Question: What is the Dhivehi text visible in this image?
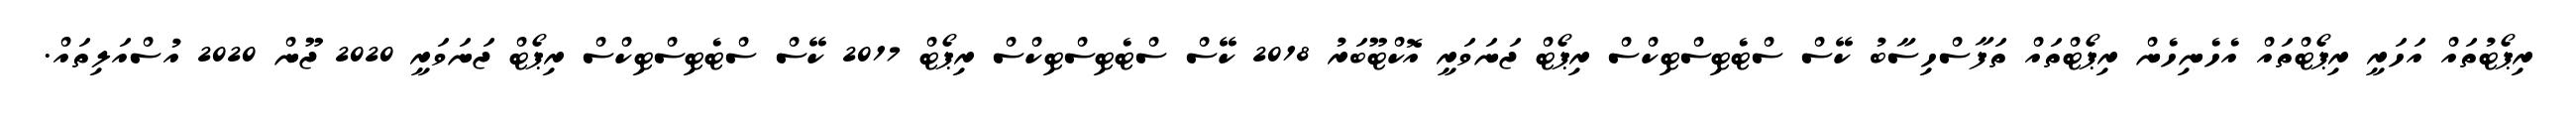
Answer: ރިޕޯޓުތައް އަހަރީ ރިޕޯޓްތައް އެހެނިހެން ރިޕޯޓްތައް ތަފާސްހިސާބު ކޭސް ސްޓެޓިސްޓިކްސް ރިޕޯޓް ޖަނަވަރީ އޮކްޓޫބަރު 2018 ކޭސް ސްޓެޓިސްޓިކްސް ރިޕޯޓް 2017 ކޭސް ސްޓެޓިސްޓިކްސް ރިޕޯޓް ޖަނަވަރީ 2020 ޖޫން 2020 އުސްއަލިތައް.